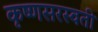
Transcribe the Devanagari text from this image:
कृष्णसरस्वती